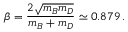
\beta = { \frac { 2 \sqrt { m _ { B } m _ { D } } } { m _ { B } + m _ { D } } } \simeq 0 . 8 7 9 \, .